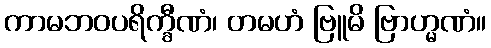
ကာမဘဝပရိက္ခီဏံ၊ တမဟံ ဗြူမိ ဗြာဟ္မဏံ။